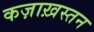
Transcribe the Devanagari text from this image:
कज़ाख़स्तन